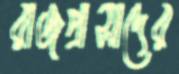
রাজপ্রাসাদের